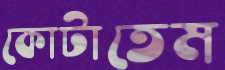
কোটাতেম